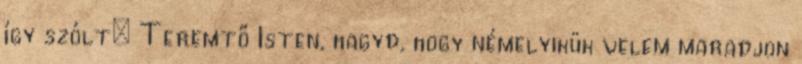
így szólt: Teremtő Isten, hagyd, hogy némelyikük velem maradjon